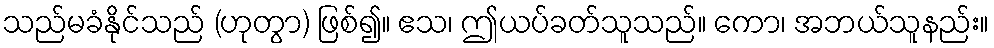
သည်မခံနိုင်သည် (ဟုတွာ) ဖြစ်၍။ ဧသ၊ ဤယပ်ခတ်သူသည်။ ကော၊ အဘယ်သူနည်း။